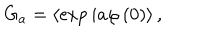
LaTeX: G _ { a } = \left\langle \exp i a \varphi \left( 0 \right) \right\rangle ,